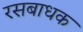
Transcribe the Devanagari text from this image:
रसबाधक